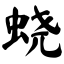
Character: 蛲